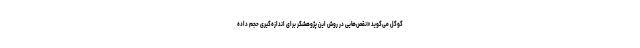
گوگل می‌گوید «نقص‌هایی در روش این پژوهشگر برای اندازه‌گیری حجم داده